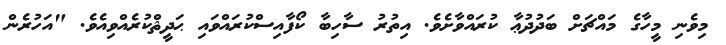
މިވެނި މީހާގެ މައްޗަށް ބަދުދުޢާ ކުރައްވާށެވެ. އިތުރު ސާހިބާ ކޯފާއިސްކުރައްވައި ޙަދީޘްކުރެއްވިއެވެ. "އަހުރެން